Annual vaccination report of Bihar and Orissa - 1911-1928
Year: 1911
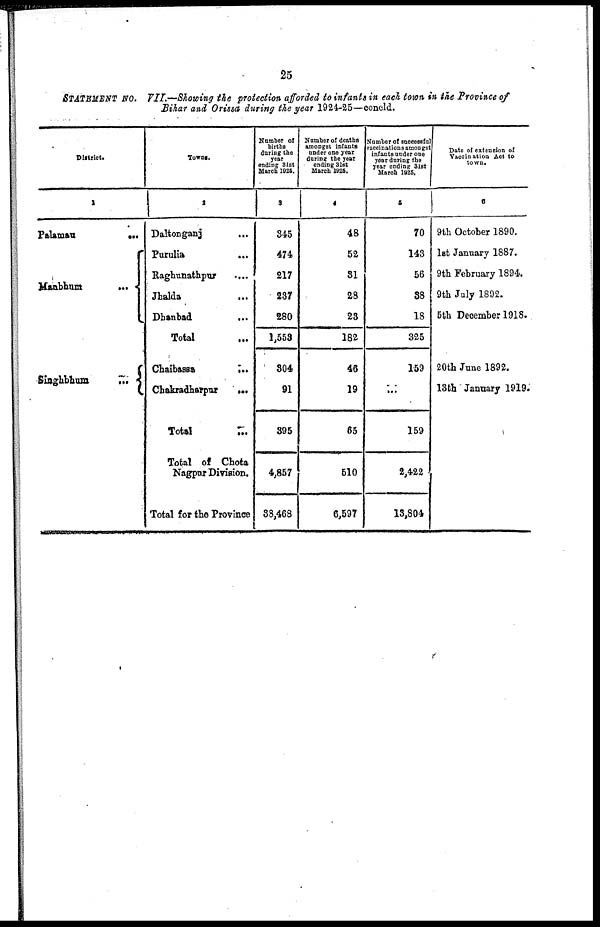
25
STATEMENT No. VII.—Showing the protection afforded to infants in each town in the Province of
Bihar and Orissa during the year 1924-25—concld.
District.
1
Palamau
...
Manbhum ...
Singhbhum
...
Towns.
2
Daltonganj ...
Purulia ...
Raghunathpur ...
Jhalda
...
Dhanbad
...
Total
...
Chaibassa
...
Chakradharpur
...
Total
...
Total of Chota
Nagpur Division.
Total for the Province
Number of
births
during the
year
ending 31st
March 1925.
3
345
474
217
237
280
1,553
304
91
395
4,857
38,468
Number of deaths
amongst infants
under one year
during the year
ending 31st
March 1925.
4
48
52
31
28
23
182
46
19
65
510
6,597
Number of successful
vaccinations amongst
infants under one
year during the
year ending 31st
March 1925.
5
70
143
56
38
18
325
159
...
159
2,422
13,804
Date of extension of
Vaccination Act to
town.
6
9th October 1890.
1st January 1887.
9th February 1894.
9th July 1892.
5th December 1918.
20th June 1892.
13th January 1919.